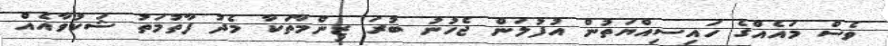
ވެސް މައެއްގެ ހައިސިއްޔަތުން އުފުލަން ޖެހުނު ބުރަ ޒިންމާތަކާ މެދު ފާތުމަތު ޝަކުވާއެއް